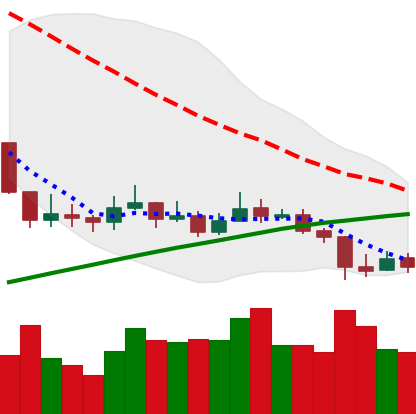
Ticker: LINK-USD
Chart end date: 2019-09-16
Forward return: 19.474%
Label: up_7plus